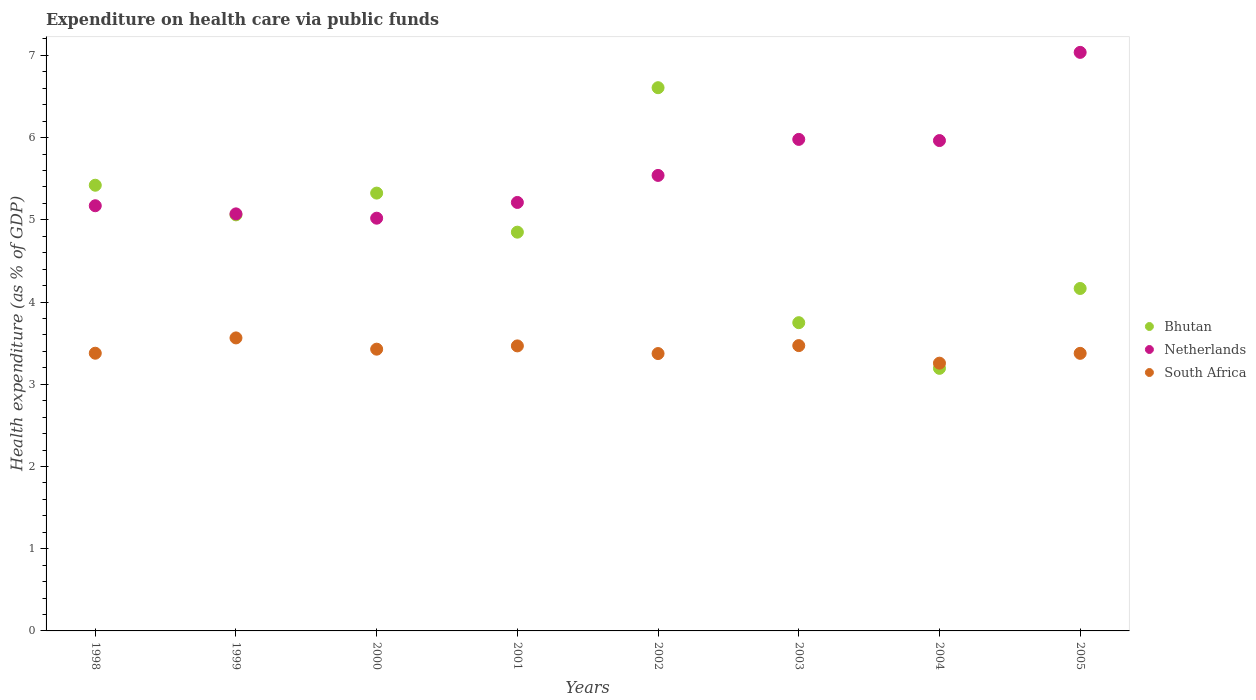
| Years | Bhutan | Netherlands | South Africa |
 | --- | --- | --- | --- |
 | 1998 | 5.42 | 5.17 | 3.38 |
 | 1999 | 5.06 | 5.07 | 3.56 |
 | 2000 | 5.33 | 5.02 | 3.43 |
 | 2001 | 4.85 | 5.21 | 3.47 |
 | 2002 | 6.61 | 5.54 | 3.37 |
 | 2003 | 3.75 | 5.98 | 3.47 |
 | 2004 | 3.19 | 5.96 | 3.26 |
 | 2005 | 4.17 | 7.04 | 3.38 |